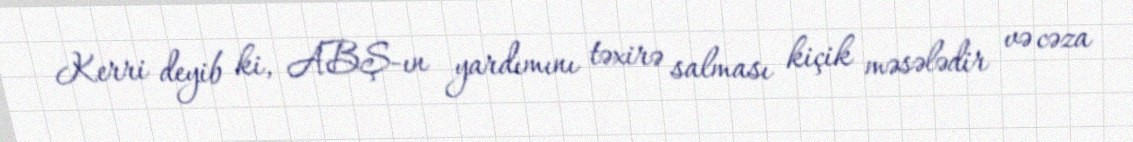
Kerri deyib ki, ABŞ-ın yardımını təxirə salması kiçik məsələdir və cəza